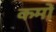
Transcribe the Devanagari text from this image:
कमों